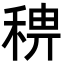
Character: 𥟗